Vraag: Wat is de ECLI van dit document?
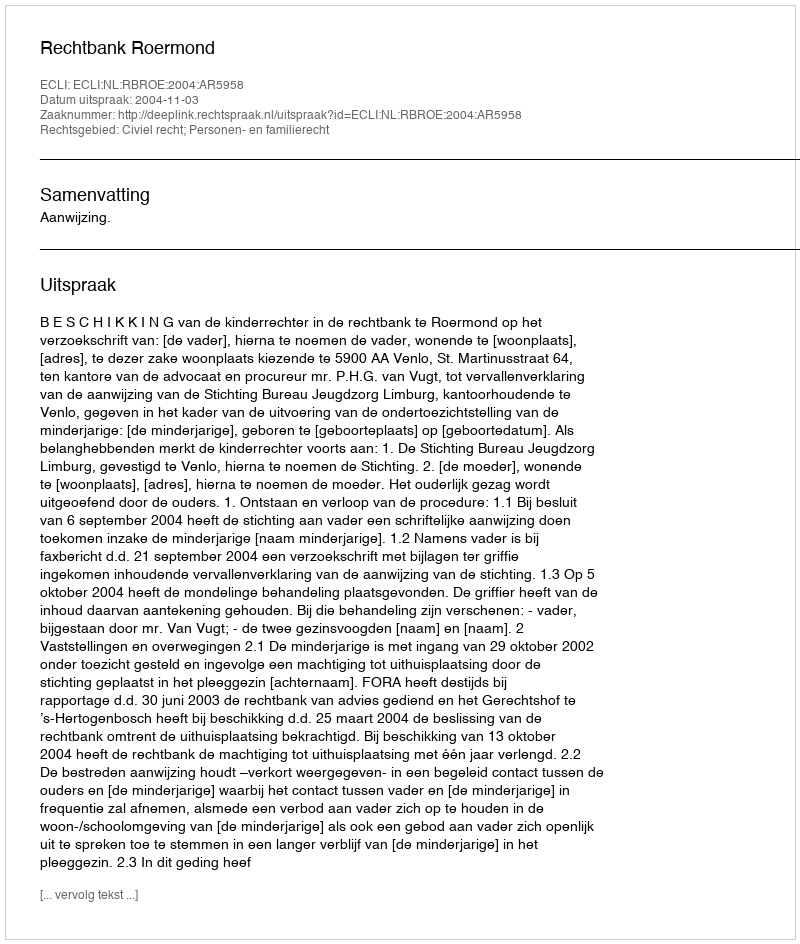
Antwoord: ECLI:NL:RBROE:2004:AR5958